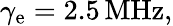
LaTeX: \gamma_{\textrm{e}}=2.5\, \mathrm{MHz},